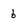
Character: 6